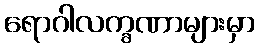
ရောဂါလက္ခဏာများမှာ